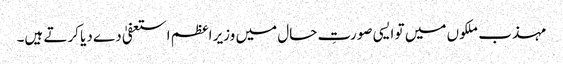
مہذب ملکوں میں تو ایسی صورتِ حال میں وزیر اعظم استعفیٰ دے دیا کرتے ہیں۔